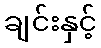
ချင်းနှင့်